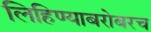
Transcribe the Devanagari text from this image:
लिहिण्याबरोबरच